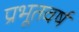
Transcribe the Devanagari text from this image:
प्रभूतवर्ष